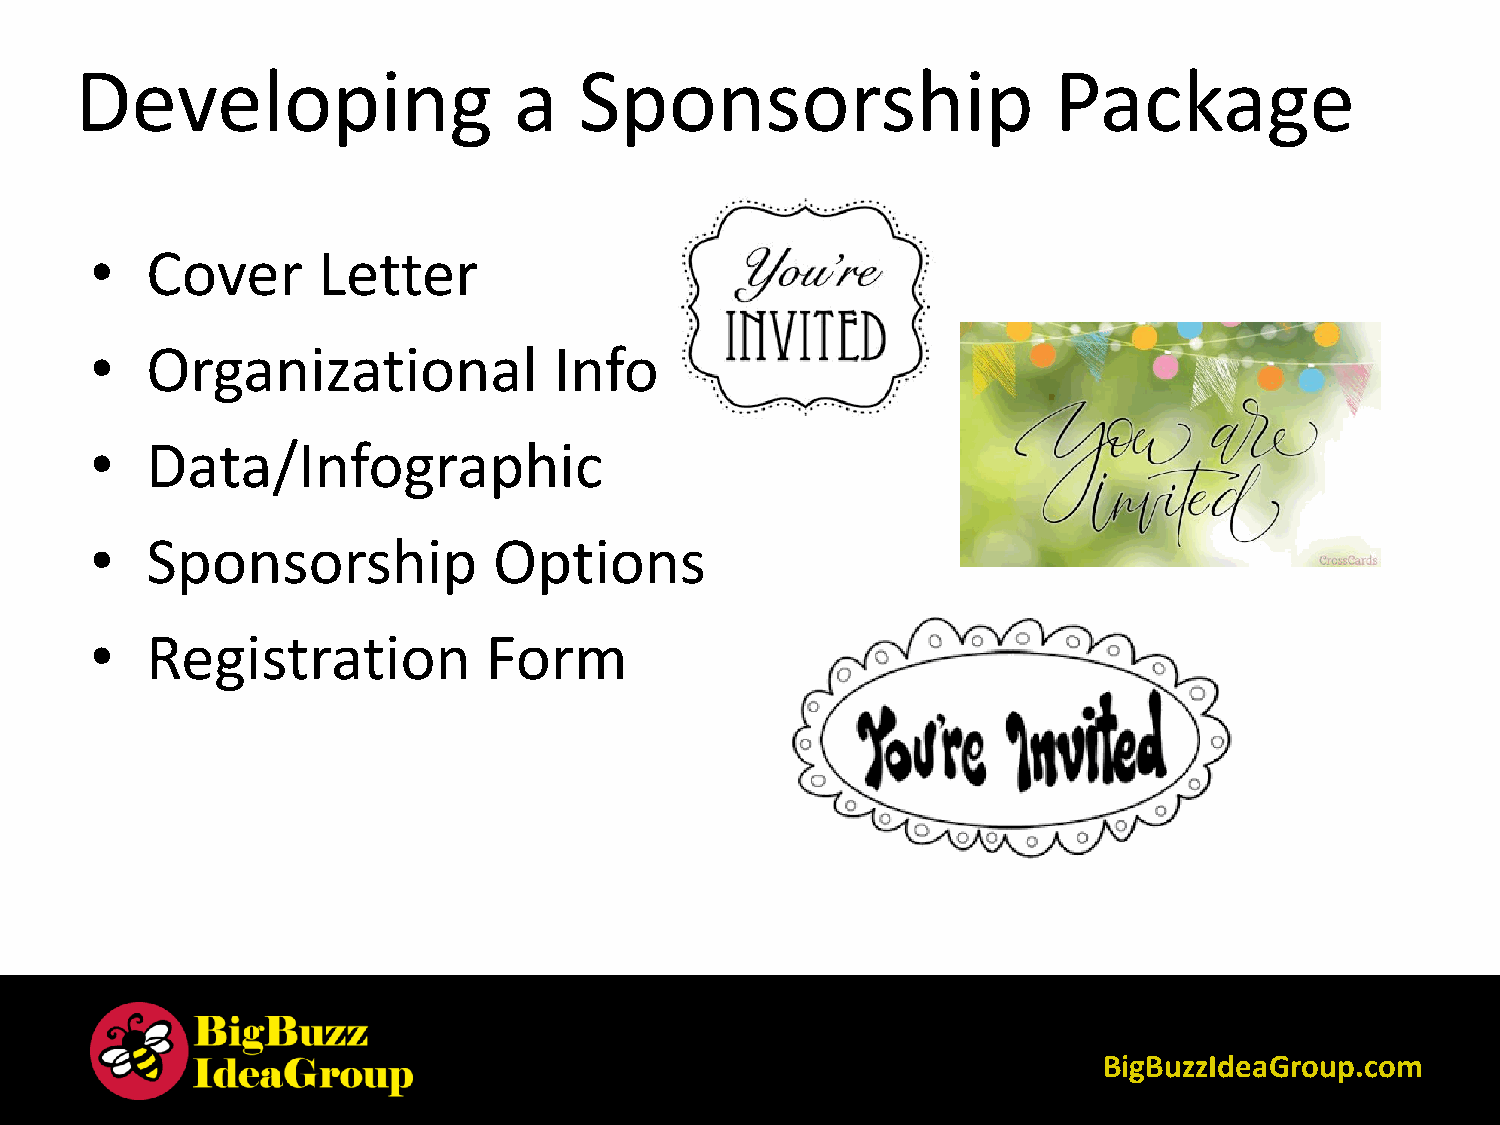
Developing                   a   Sponsorship                     Package
 •   Cover      Letter
 •   Organizational             Info
 •   Data/Infographic
 •   Sponsorship            Options
 •   Registration          Form
 BigBuzzIdeaGroup.com